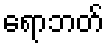
ရောဘတ်